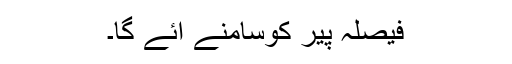
فیصلہ پیر کوسامنے آئے گا۔